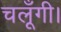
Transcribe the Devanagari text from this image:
चलूँगी।